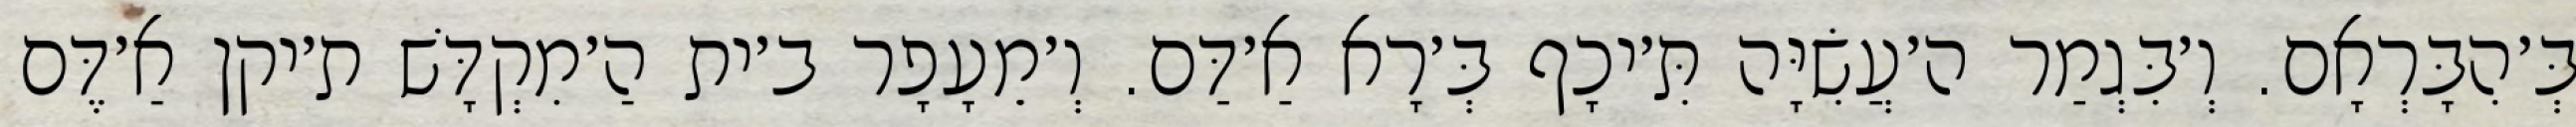
בְּ׳הִבָּרְאָם. וְ׳בִּגְמַר ה׳עֲשִׂיָּה תִּ׳יכָף בְּ׳רָא אַ׳דַּם. וְ׳מֵעָפָר ב׳ית הַ׳מִקְדָּשׁ ת׳יקן אַ׳דֶּם